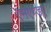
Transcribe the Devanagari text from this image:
एमएण्डए